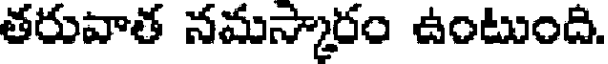
తరువాత నమస్కారం ఉంటుంది.